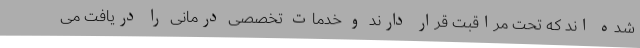
شده اند که تحت مراقبت قرار دارند و خدمات تخصصی درمانی را دریافت می